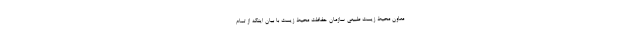
معاون محیط‌ زیست طبیعی سازمان حفاظت محیط‌ زیست با بیان اینکه از تمام